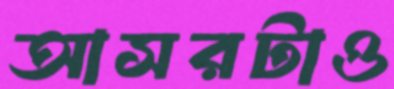
আসরটাও